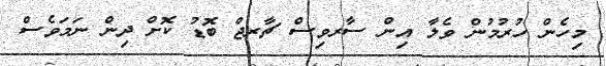
މިހެން ހުުރުމުން ވެލާ އިން ސާރވިސް ޗާރޖް ބޮޑު ކޮޮށް ދިން ނަމަވެސް